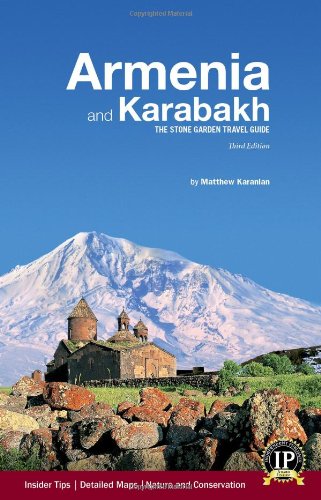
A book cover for Armenia and Karabakh: The Stone Garden Travel Guide; Matthew Karanian (Author-Photographer); Travel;